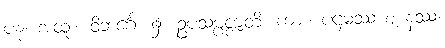
ပန၊ အထူး။ ဝိဘင်္ဂေ၊ ၌။ ဥပသမ္ပဇ္ဇာတိ၊ ကား။ ပဌမဿ ဈာနဿ၊